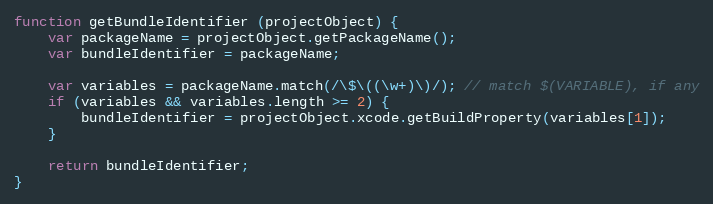
Language: JavaScript
function getBundleIdentifier (projectObject) {
    var packageName = projectObject.getPackageName();
    var bundleIdentifier = packageName;

    var variables = packageName.match(/\$\((\w+)\)/); // match $(VARIABLE), if any
    if (variables && variables.length >= 2) {
        bundleIdentifier = projectObject.xcode.getBuildProperty(variables[1]);
    }

    return bundleIdentifier;
}